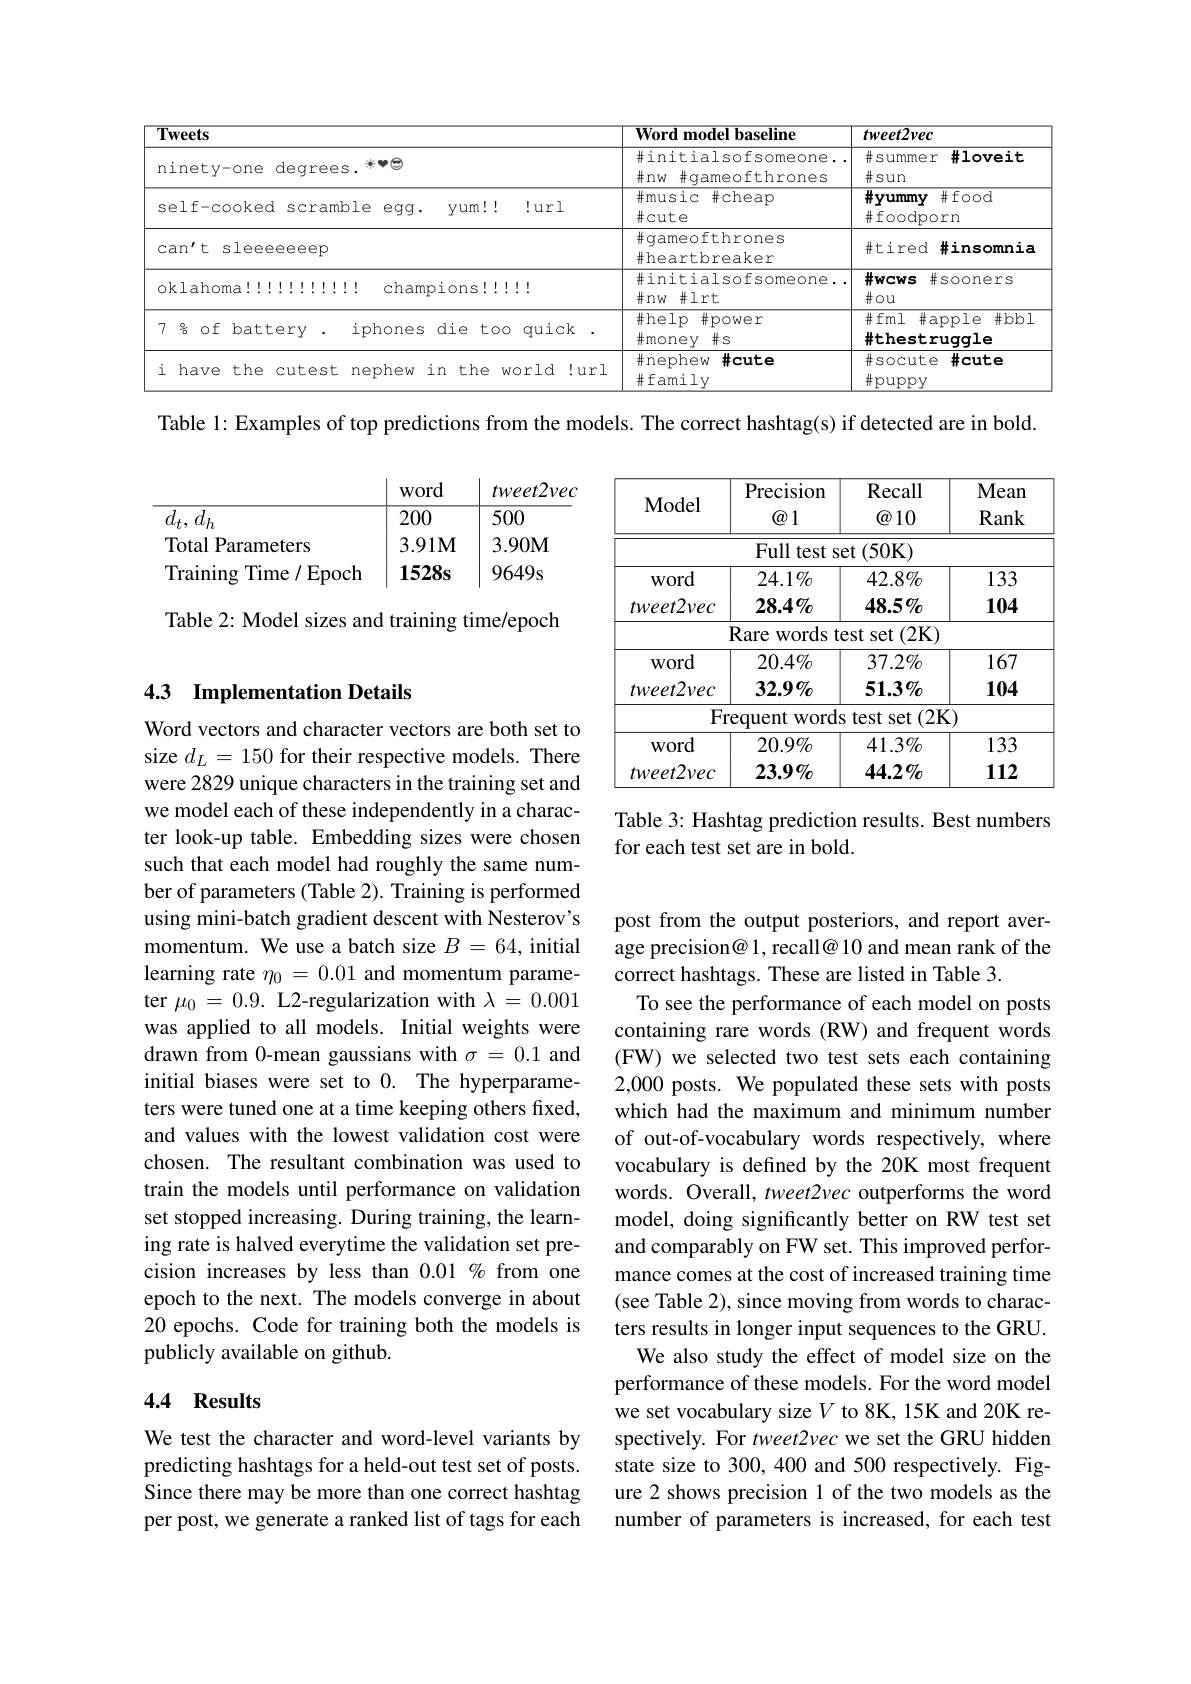
<table>
	<tbody>
		<tr>
			<th>$\overline{\mathbf{T}}$</th>
			<th>xeets</th>
			<th> </th>
			<th> </th>
			<th> </th>
			<th> </th>
			<th>Word model baseline</th>
			<th>$tweet2vec$</th>
		</tr>
		<tr>
			<td>n</td>
			<td>$\operatorname{inet}y^{-0}$</td>
			<td>degree one</td>
			<td>$*\bullet\textcircled{5}$ $S.$</td>
			<td>2</td>
			<td> </td>
			<td>#initialsofsomeone. $\#nw$ $\#gameofthrones$</td>
			<td>$\#summer$ #1oveit $\#sun$</td>
		</tr>
		<tr>
			<td>S</td>
			<td>el f- coo</td>
			<td>oked SCraml</td>
			<td>ble $egg.$</td>
			<td>$gg.$ $Vum!!$</td>
			<td>1 $!url$</td>
			<td>$\#$music #cheap $\#$cute</td>
			<td>$\#yummy$ $\#$food $\#$foodporn</td>
		</tr>
		<tr>
			<td>C</td>
			<td>$an^{\prime}t$ $s1$</td>
			<td>leeeeeeep</td>
			<td> </td>
			<td> </td>
			<td> </td>
			<td>$\#gameofthrones$ $\#$heartbreaker</td>
			<td>#tired #insomnia</td>
		</tr>
		<tr>
			<td>0</td>
			<td>$<1ahoma$</td>
			<td>$a1$ 1 11 11 1 1</td>
			<td>111 champ</td>
			<td>$1ampions!!$</td>
			<td>1 1 </td>
			<td>#initialsofsomeone. $\#nw\#lrt$</td>
			<td>$\#wcws$ $\#sooners$ $\#\circ u$</td>
		</tr>
		<tr>
			<td>7</td>
			<td>옹 $Of$ $b$</td>
			<td>battery</td>
			<td>iphones</td>
			<td>die $to.$ nes</td>
			<td>$\therefore00$ quick</td>
			<td>$\#\hom$elp $\#$power $\#$money$\# s$</td>
			<td>$\#$fml $\#$apple #bbl thestruggle</td>
		</tr>
		<tr>
			<td>i</td>
			<td>have t</td>
			<td>the cutest</td>
			<td>nephew</td>
			<td>in the $\Xi W$</td>
			<td>world .!url</td>
			<td>$\#$nephew $\#$cute $\#$family</td>
			<td>$\#socute$ $\#$cute $\#$puppy</td>
		</tr>
	</tbody>
</table>

Table 1: Examples of top predictions from the models. The correct hashtag(s) if detected are in bold.

word
tweet2vec
$\overline{200}$
$\overline{500}$
$\overline{d_t,d_h}$
3.91М 3.90М
Total Parameters
Training Time / Epoch 1528s
$9649s$

Table 2: Model sizes and training time/epoch

<table>
	<tbody>
		<tr>
			<th>$\mathbf{Model}$</th>
			<th>Precision $\textcircled{a}1$</th>
			<th>Recall $\textcircled{a}10$</th>
			<th>Mean Rank</th>
		</tr>
		<tr>
			<td> </td>
			<td>Full test St $x=\frac{1}{2}$</td>
			<td>t(50K) $\mathsf{st}$ </td>
			<td> </td>
		</tr>
		<tr>
			<td>Word</td>
			<td>$24.1\%$</td>
			<td>$42.8\%$</td>
			<td>133</td>
		</tr>
		<tr>
			<td>$tweet2vec$</td>
			<td>$28.4\%$</td>
			<td>$48.5\%$</td>
			<td>104</td>
		</tr>
		<tr>
			<td> </td>
			<td>Rare WOrds $i$ $\mathbf{t}$</td>
			<td>$3sts$ set $(2\mathbf{K})$</td>
			<td> </td>
		</tr>
		<tr>
			<td>Word</td>
			<td>$20.4\%$</td>
			<td>$37.2\%$</td>
			<td>167</td>
		</tr>
		<tr>
			<td>$tweet2vec$</td>
			<td>$32.9\%$</td>
			<td>$51.3\%$</td>
			<td>104</td>
		</tr>
		<tr>
			<td>$F_{1}$</td>
			<td>Words requent T </td>
			<td>$(2\mathbf{K}$ test s set</td>
			<td> </td>
		</tr>
		<tr>
			<td>Word</td>
			<td>$20.9\%$</td>
			<td>$41.3\%$</td>
			<td>133</td>
		</tr>
		<tr>
			<td>$tweet2vec$</td>
			<td>$23.9\%$</td>
			<td>$44.2\%$</td>
			<td>112</td>
		</tr>
	</tbody>
</table>

### 43 Implementation Details

Table 3: Hashtag prediction results. Best numbers
for each test set are in bold.

Word vectors and character vectors are both set to size $d_L=150$ for their respective models. There were 2829 unique characters in the training set and we model each of these independently in a character look-up table. Embedding sizes were chosen such that each model had roughly the same number of parameters (Table 2). Training is performed using mini-batch gradient descent with Nesterov's momentum. We use a batch size $B=64$, initial learning rate $\eta_0=0.01$ and momentum parameter $\mu_0=0.9.$ L2-regularization with $\lambda=0.001$ was applied to all models. Initial weights were drawn from 0-mean gaussians with $\sigma=0.1$ and initial biases were set to 0. The hyperparameters were tuned one at a time keeping others fixed, and values with the lowest validation cost were chosen. The resultant combination was used to train the models until performance on validation set stopped increasing. During training, the learning rate is halved everytime the validation set precision increases by less than $0.01\%$ from one epoch to the next. The models converge in about 20 epochs. Code for training both the models is publicly available on github.

post from the output posteriors, and report average precision@ 1, recall@ 10 and mean rank of the correct hashtags. These are listed in Table 3.
To see the performance of each model on posts containing rare words (RW) and frequent words (FW) we selected two test sets each containing 2,000 posts. We populated these sets with posts which had the maximum and minimum number of out-of-vocabulary words respectively, where vocabulary is defined by the 20K most frequent words. Overall, tweet2vec outperforms the word model, doing significantly better on RW test set and comparably on FW set. This improved performance comes at the cost of increased training time (see Table 2), since moving from words to characters results in longer input sequences to the GRU. We also study the effect of model size on the performance of these models. For the word model we set vocabulary size $V$ to 8K, 15K and 20K respectively. For tweet2vec we set the GRU hidden state size to 300, 400 and 500 respectively. Figure 2 shows precision 1 of the two models as the number of parameters is increased, for each test

### 4.4 Results

We test the character and word-level variants by predicting hashtags for a held-out test set of posts. Since there may be more than one correct hashtag per post, we generate a ranked list of tags for each